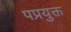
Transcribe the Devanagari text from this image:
पप्रयुक्त